Vaccine operations Central Provinces 1868-1885 - 1868-1885
Year: 1868
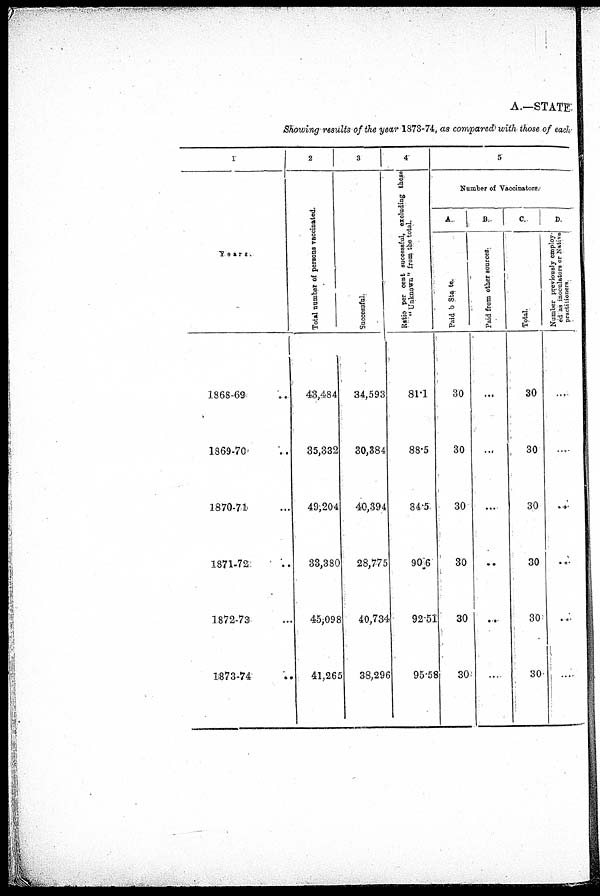
A.—STATE.
Showing results of the year 1873-74, as compared with those of each
1
Years.
1868-69
1869-70
1870-74
1871-72
1872-73
1873-74
2
Total number of persons vaccinated.
43,484
35,332
49,204
33,380
45,098
41,265
3
Successful.
34,593
30,384
40,394
28,775
40,734
38,296
4
Ratio per cent successful, excluding those
"Unknown" from the total.
81.1
88.5
84.5
90.6
92.51
95.58
5
Number of Vaccinators.
A.
Paid b State.
30
30
30
30
30
30
B.
Paid from other sources.
...
...
...
...
...
...
C.
Total.
30
30
30
30
30
30
D.
Number previously employ-
ed as inoculators or Native
practitioners
...
...
...
...
...
...